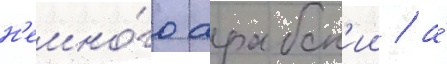
н'емно́го арабск'ии / а́